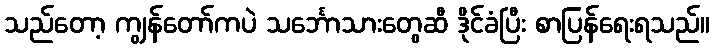
သည်တော့ ကျွန်တော်ကပဲ သင်္ဘောသားတွေဆီ ဒိုင်ခံပြီး စာပြန်ရေးရသည်။